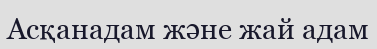
Асқанадам және жай адам